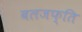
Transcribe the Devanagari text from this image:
बलजफ्ति